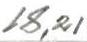
18,21